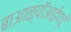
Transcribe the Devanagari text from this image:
बाआळ्पॉआईण्टॅ